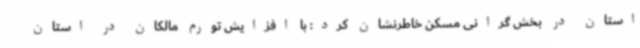
استان در بخش گرانی مسکن خاطرنشان کرد: با افزایش تورم مالکان در استان